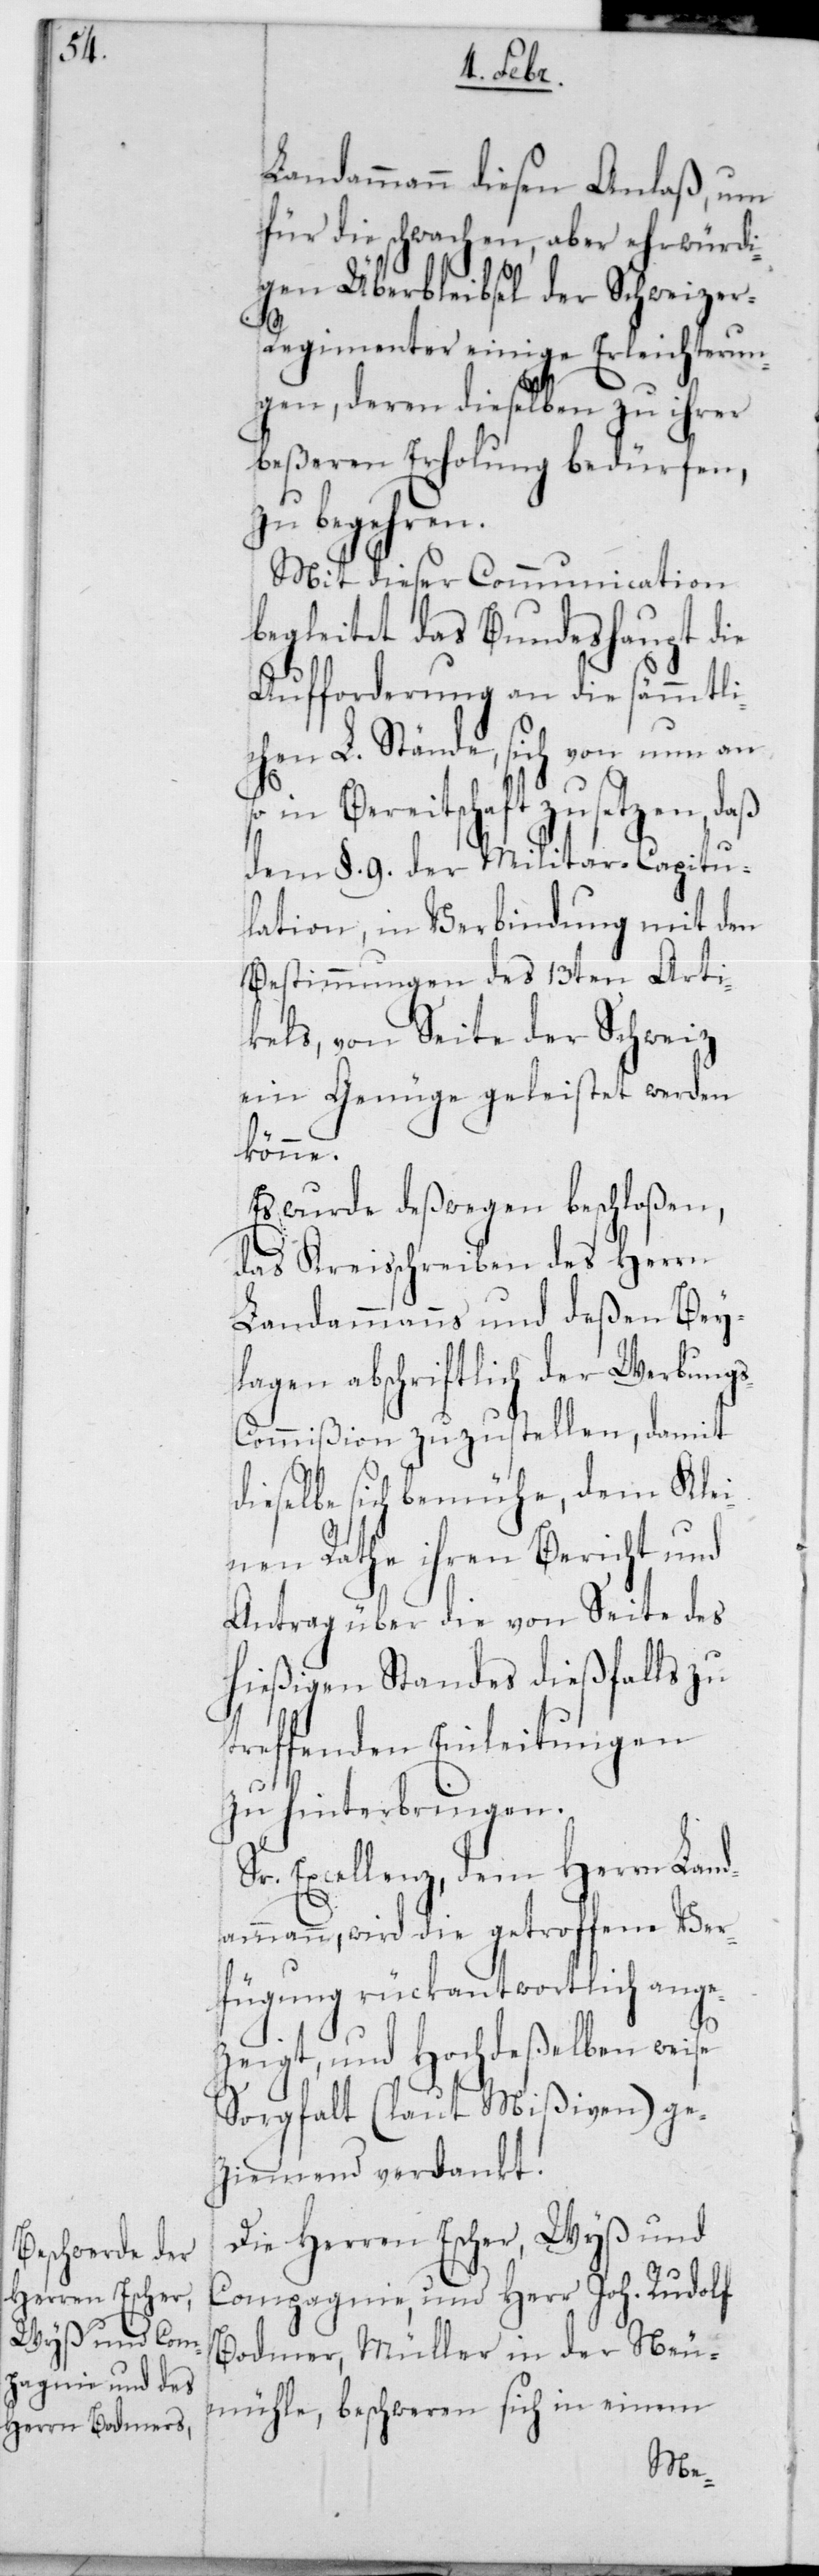
Landammann diesen Anlaß, um
für die schwachen, aber ehrwürdi¬
gen Überbleibsel der Schweizer
Regimenter einige Erleichterun¬
gen, deren dieselben zu ihrer
beßeren Erholung bedürfen,
zu begehren.
Mit dieser Communication
begleitet das Bundeshaupt die
Aufforderung an die sämmtli¬
chen L. Stände, sich von nun an
in Bereitschaft zu setzen, daß
dem § 9 der Militar-Capitu¬
laton, in Verbindung mit den
Bestimmungen des 13ten Arti¬
kels, von Seite der Schweiz
ein Genüge geleistet werden
könne.
Es wurde deßwegen beschloßen,
das Kreisschreiben des Herrn
Landammanns und deßen Bey¬
lagen abschriftlich der Werbung¬
s-Commißion zuzustellen, damit
dieselbe sich bemühe, dem Klei¬
nen Rathe ihren Bericht und
Antrag über die von Seite des
hießigen Standes dießfalls zu
treffenden Einleitungen
zu hinterbringen.
Sr. Excellenz, dem Herrn Land¬
ammann, wird die getroffene Ver¬
fügung rückantwortlich ange¬
zeigt, und hochdeßelben
Sorgfalt (laut Mißiven) ge¬
ziemend verdankt.
Die Herren Escher, Wyß und
Compagnie, und Herr Joh. Rudolf
Bodmer, Müller in der Neu¬
mühle, beschweren sich in einem